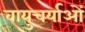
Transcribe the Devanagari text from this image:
वायुचर्याओं